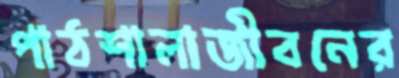
পাঠশালাজীবনের